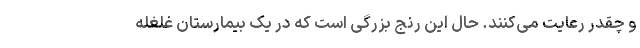
و چقدر رعایت می‌کنند. حال این رنج بزرگی است که در یک بیمارستان غلغله